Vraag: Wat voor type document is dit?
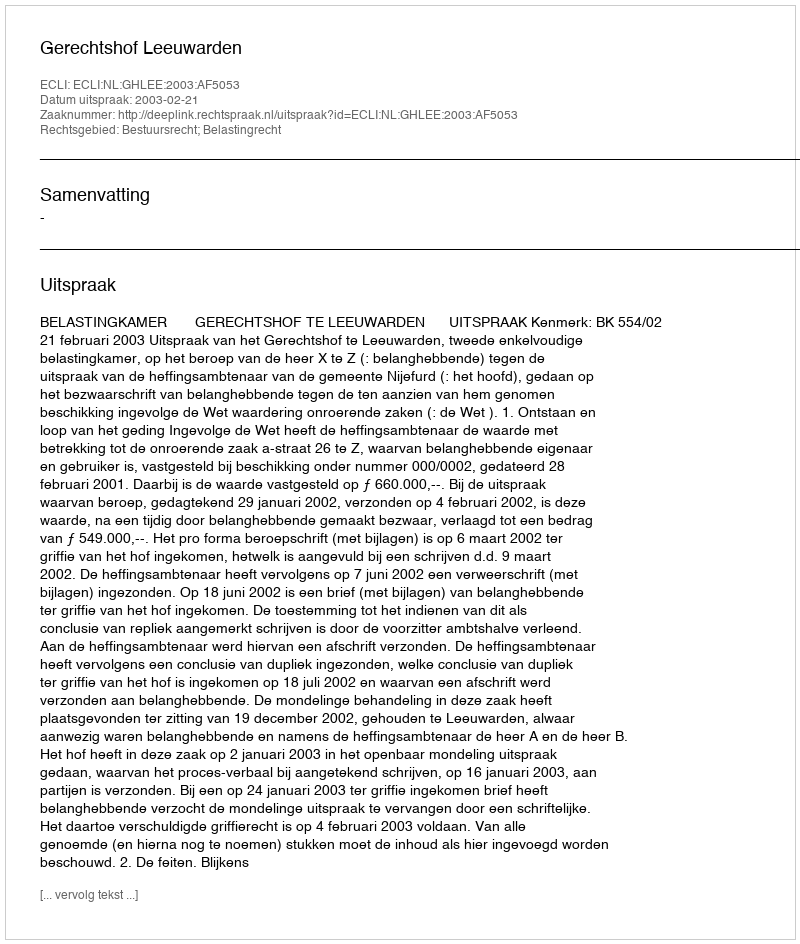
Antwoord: Uitspraak